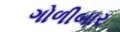
ગોળીબાર